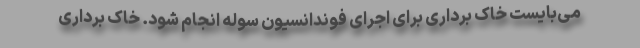
می‌بایست خاک برداری برای اجرای فوندانسیون سوله انجام شود. خاک برداری